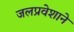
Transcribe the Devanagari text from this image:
जलप्रवेशाने